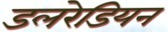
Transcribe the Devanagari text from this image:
डलरेडियन